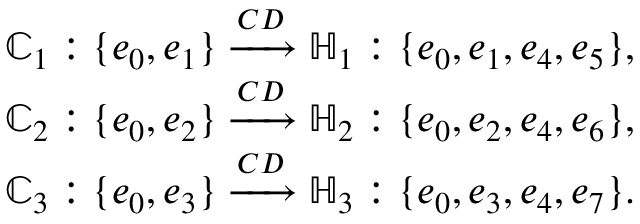
\begin{array} { r } { \mathbb { C } _ { 1 } : \{ e _ { 0 } , e _ { 1 } \} \xrightarrow { C D } \mathbb { H } _ { 1 } : \{ e _ { 0 } , e _ { 1 } , e _ { 4 } , e _ { 5 } \} , } \\ { \mathbb { C } _ { 2 } : \{ e _ { 0 } , e _ { 2 } \} \xrightarrow { C D } \mathbb { H } _ { 2 } : \{ e _ { 0 } , e _ { 2 } , e _ { 4 } , e _ { 6 } \} , } \\ { \mathbb { C } _ { 3 } : \{ e _ { 0 } , e _ { 3 } \} \xrightarrow { C D } \mathbb { H } _ { 3 } : \{ e _ { 0 } , e _ { 3 } , e _ { 4 } , e _ { 7 } \} . } \end{array}